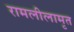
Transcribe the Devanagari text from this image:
रामलीलामृत